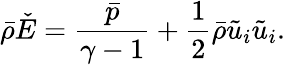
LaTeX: \bar{\rho}\check{E}=\frac{\bar{p}}{\gamma-1}+\frac{1}{2}\bar{\rho}\tilde{u}_{i}\tilde{u}_{i}.